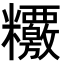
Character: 𥽶